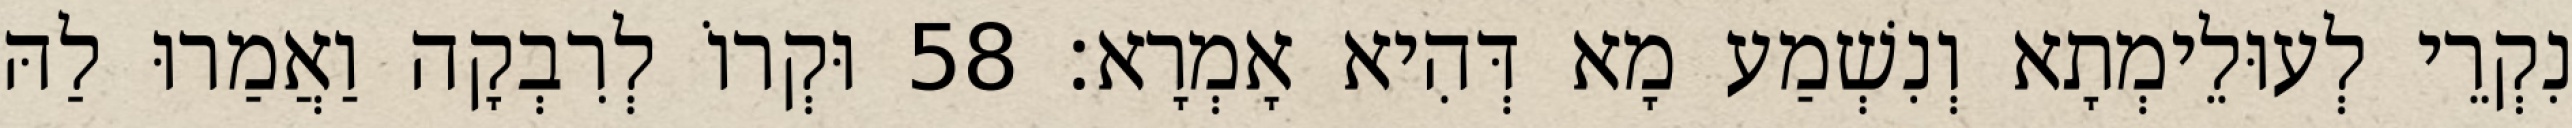
נִקְרֵי לְעוּלֵימְתָא וְנִשְׁמַע מָא דְּהִיא אָמְרָא׃ 58 וּקְרוֹ לְרִבְקָה וַאֲמַרוּ לַהּ